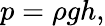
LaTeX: p=\rho gh,